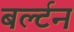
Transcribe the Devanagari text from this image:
बर्ल्टन